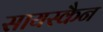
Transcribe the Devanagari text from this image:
सायस्कैन